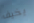
يخيف